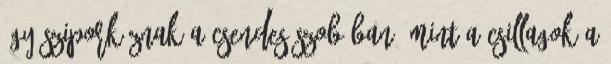
úgy sziporkáznak a csendes szobában, mint a csillagok a